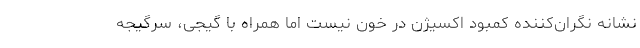
نشانه نگران‌کننده کمبود اکسیژن در خون نیست اما همراه با گیجی، سرگیجه